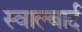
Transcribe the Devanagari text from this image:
स्वाल्बार्द